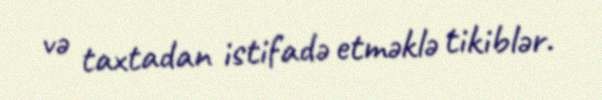
və taxtadan istifadə etməklə tikiblər.